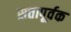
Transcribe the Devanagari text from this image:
सत्तापूर्वक